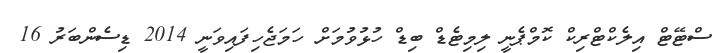
ސްޓޭޓް އިލެކްޓްރިކް ކޮމްޕެނީ ލިމިޓެޑް ބިޑް ހުޅުވުމަށް ހަމަޖެހިފައިވަނީ 2014 ޑިސެންބަރު 16